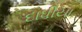
દાધીયા